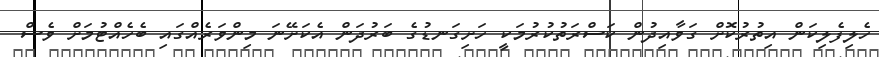
ހެލިފެލިކަން އިތުރުކޮށް ގަވާއިދުން ކަސްރަތުކުރުމަކީ ހަށިގަނޑުގެ ބަރުދަން އެކަށޭނަ މިންވަރެއްގައި ބެހެއްޓުމަށް ވެސް